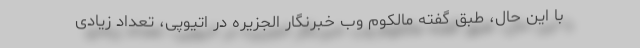
با این حال، طبق گفته مالکوم وب خبرنگار الجزیره در اتیوپی، تعداد زیادی